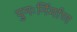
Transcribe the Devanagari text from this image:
पुनःर्निर्माण